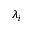
\lambda _ { i }